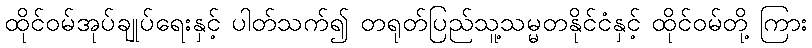
ထိုင်ဝမ်အုပ်ချုပ်ရေးနှင့် ပါတ်သက်၍ တရုတ်ပြည်သူ့သမ္မတနိုင်ငံနှင့် ထိုင်ဝမ်တို့ ကြား